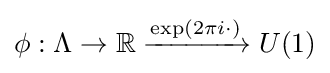
\phi :\Lambda \to \mathbb {R} \xrightarrow {\exp({2\pi i\cdot })} U(1)